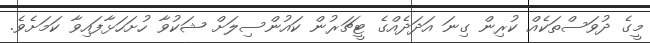
މީގެ ދުވަސްތަކެއް ކުރިން ގިނަ އަދަދެއްގެ ޓީޗަރުން ކައުންސިލަށް ޝަކުވާ ހުށަހަޅާފައިވާ ކަމަށެވެ.